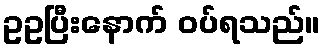
ဥဥပြီးနောက် ဝပ်ရသည်။